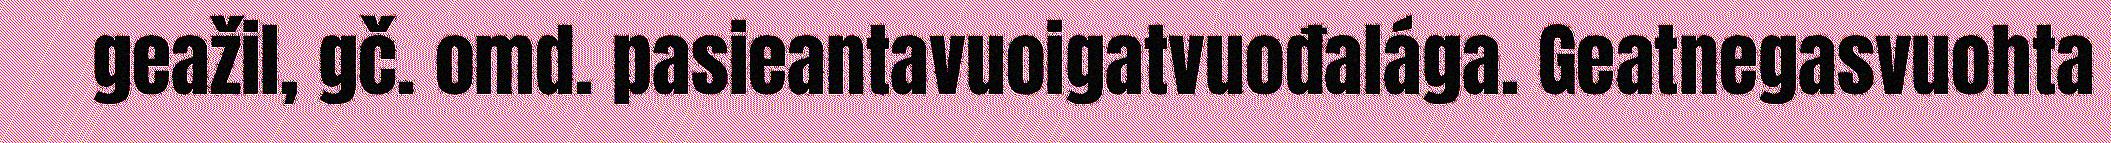
geažil, gč. omd. pasieantavuoigatvuođalága. Geatnegasvuohta